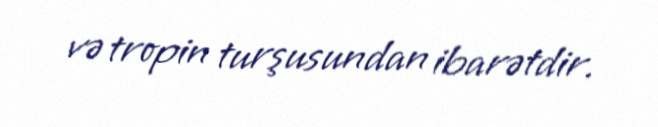
və tropin turşusundan ibarətdir.